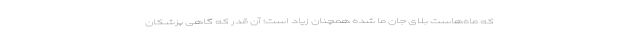
که ماه‌هاست بلای جان ما شده همچنان زیاد است؛ آن قدر که گاهی پزشکان